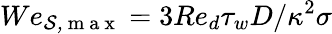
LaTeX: We_{\mathcal{S,\mathrm{~m~a~x~}}}=3Re_{d}\tau_{w}D/\kappa^{2}\sigma